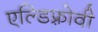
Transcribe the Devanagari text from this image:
एल्डिफ़्रोवी